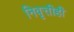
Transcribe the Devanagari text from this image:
निवृत्तीही